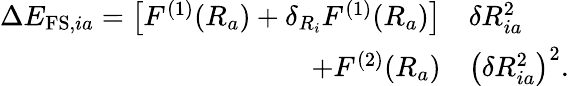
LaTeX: \begin{array}{rl}{\Delta E_{\mathrm{FS},ia}=\left[F^{(1)}(R_{a})+\delta_{R_{i}}F^{(1)}(R_{a})\right]}&{{}\delta R_{ia}^{2}}\\ {+F^{(2)}(R_{a})}&{{}\left(\delta R_{ia}^{2}\right)^{2}.}\end{array}